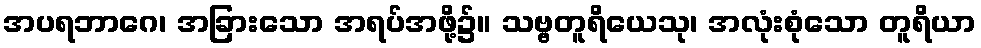
အပရဘာဂေ၊ အခြားသော အရပ်အဖို့၌။ သဗ္ဗတူရိယေသု၊ အလုံးစုံသော တူရိယာ